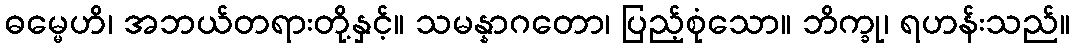
ဓမ္မေဟိ၊ အဘယ်တရားတို့နှင့်။ သမန္နာဂတော၊ ပြည့်စုံသော။ ဘိက္ခု၊ ရဟန်းသည်။